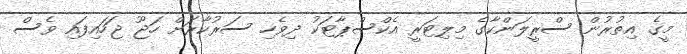
މީގެ އިތުރުން ސްރީލަންކާގެ މިލިޓަރީ އެކްސްޕާޓަކު ދިވެހި ސަރުކާރަށް ހަޖޫ ޖަހައިފައި ވެސް